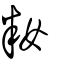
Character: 籹